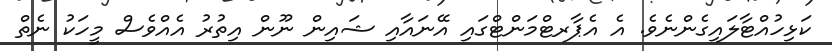
ކަޅިހުއްޓާލައިގެންނެވެ. އެ އެޕާރޓްމަންޓްގައި އޭނައާއި ޝައިން ނޫން އިތުރު އެއްވެސް މީހަކު ނެތް